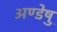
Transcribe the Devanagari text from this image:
अण्डेषु